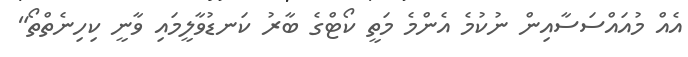
އެއް މުއައްސަސާއިން ނުކުމެ އެންމެ މަތީ ކޯޓްގެ ބާރު ކަނޑުވާލީމައި ވާނީ ކިހިނެތްތޯ"